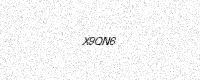
Text: X9QN6